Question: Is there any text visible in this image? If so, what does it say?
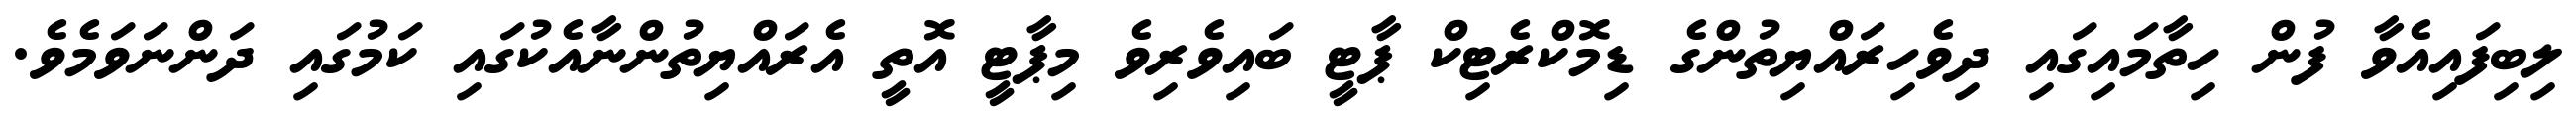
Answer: ލިބިފައިއެވާ ފުން ހިތާމައިގައި ދިވެހިރައްޔިތުންގެ ޑިމޮކްރެޓިކް ޕާޓީ ބައިވެރިވެ މިޕާޓީ އޮތީ އެރައްޔިތުންނާއެކުގައި ކަމުގައި ދަންނަވަމެވެ.